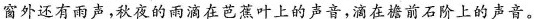
窗外还有雨声，秋夜的雨滴在芭蕉叶上的声音，滴在檐前石阶上的声音。